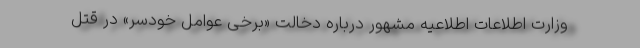
وزارت اطلاعات اطلاعیه مشهور درباره دخالت «برخی عوامل خودسر» در قتل